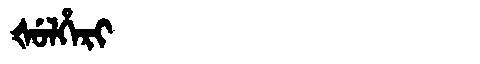
Manchu: ᡧᡠᠯᡥᡝᡵᡳ
Romanization: ŠULHERI